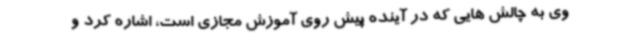
وی به چالش هایی که در آینده پیش روی آموزش مجازی است، اشاره کرد و